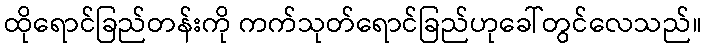
ထိုရောင်ခြည်တန်းကို ကက်သုတ်ရောင်ခြည်ဟုခေါ်တွင်လေသည်။